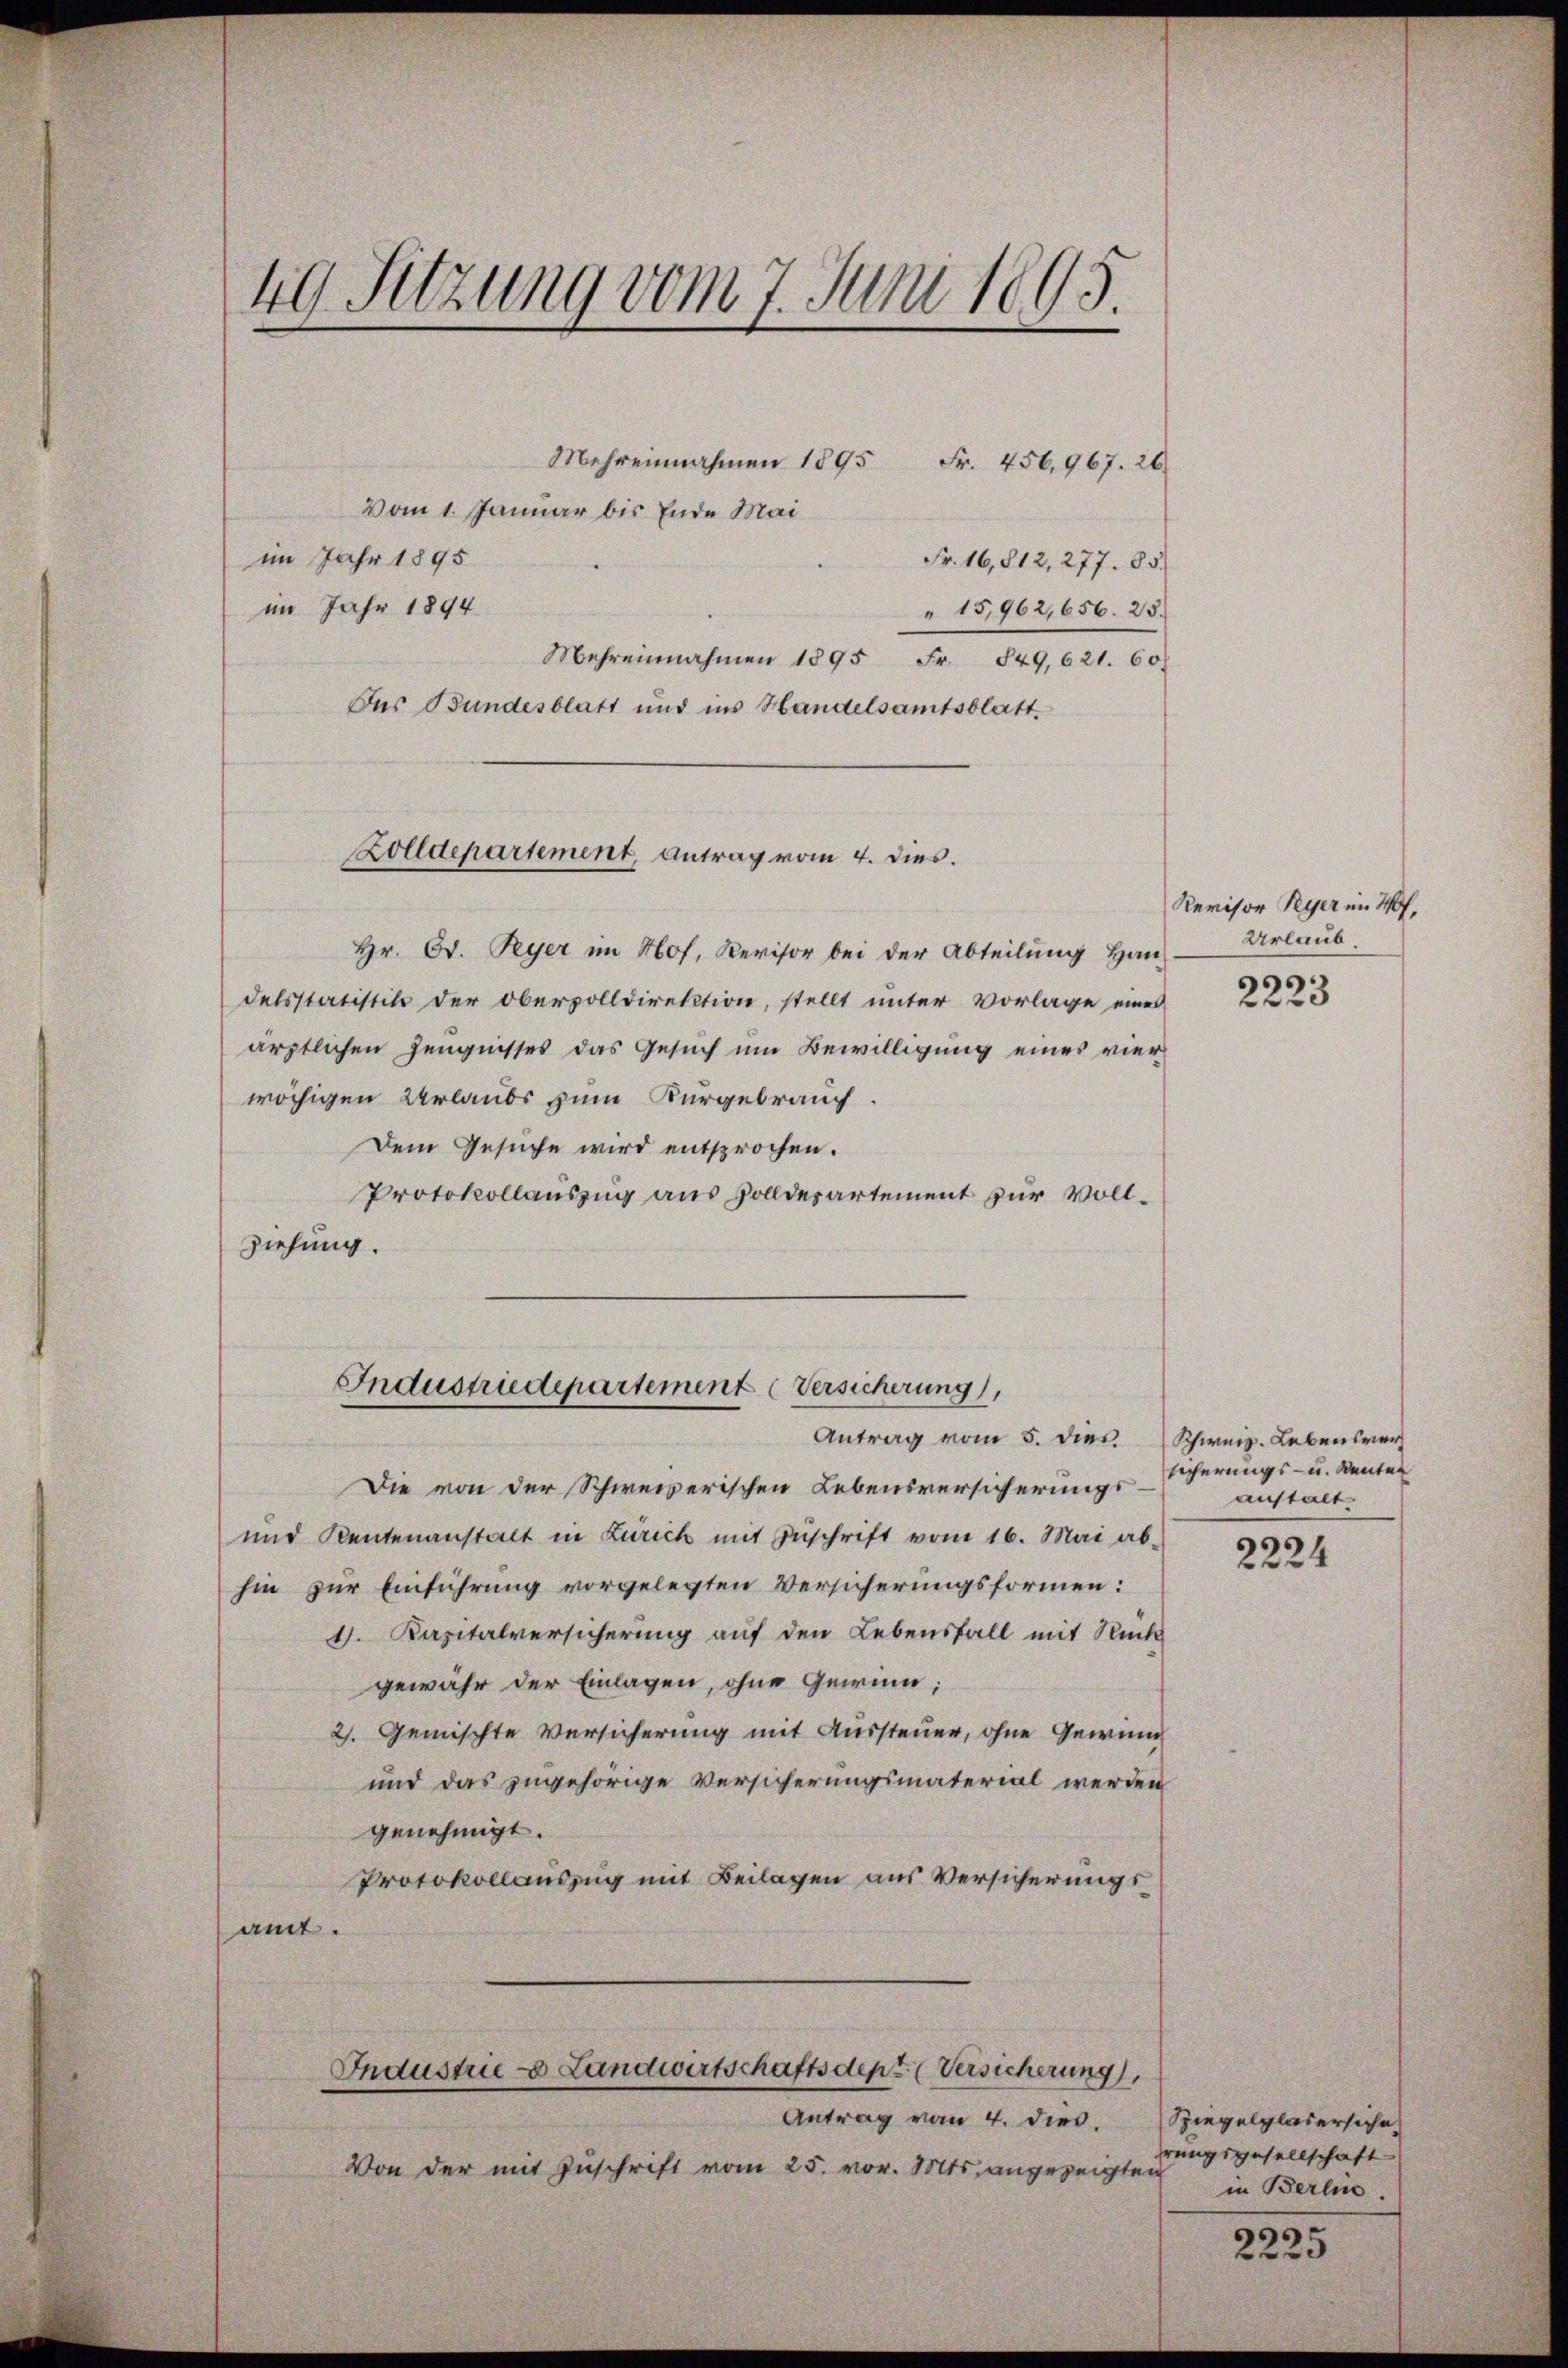
Mehreinnahmen 1895 Fr. 456,967. 26
Vom 1. Januar bis Ende Mai
im Jahr 1895
Fr. 16,812, 277. 85.
im Jahr 1894
" 15,962, 656. 25.
Mehreinnahmen 1895 Fr. 849,621. 60.
Das Bundesblatt und ins Handelsamtsblatt
Hr. Bd. Peyer im Hof, Revisor bei der Abteilung Han-
delsstatistik der Obervolldirektion, stellt unter Vorlage eines
ärztlichen Zeugnisses das Gesuch um Bewilligung eines vier
wöchigen Verlaubs zum Kurgebrauch.
Dem Gesuche wird entsprochen.
Protokollauszug aus Zolldepartement zur Vollziehung.
Industriedepartement Versicherung,
Antrag vom 5. dies Schweiz. Lebensver¬
Die von der Schweizerischen Lebensversicherungs-
und Rentenanstalt in Zürich mit Zŭschrift vom 16. Mai ab-
hin zur Einführung vorgelegten Versicherungsformen:
4. Kapitalversicherung auf den Lebensfall mit Rück
gewähr der Einlagen, ohne Gewinn;
2. Gemischte Versicherung mit Aussteuer, ohne Gewinn
und das zugehörige Versicherungsmaterial werden
genehmigt.
Protokollauszug mit Beilagen aus Versicherungsamt.
Industrie u. Landwirtschaftsdept. (Versicherung
Antrag von 4. dies. Spiegelglasersiche
Von der mit Zuschrift vom 25. vor. Mts. angezeigten

49. Sitzung vom 7. Juni 1895.

Zolldepartement, Antrag vom 4. dies.

Revisor Ryer im Hof,
Urlaub

2223

sicherungs- u. Renten
anstalt

2224

rungsgesellschaft
in Berlin.

2225